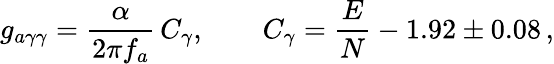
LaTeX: g_{a\gamma\gamma}=\frac{\alpha}{2\pi f_{a}}\, C_{\gamma},\qquad C_{\gamma}=\frac{E}{N}-1.92\pm 0.08\, ,